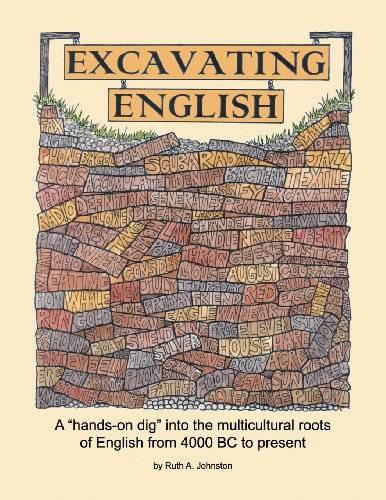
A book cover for Excavating English; Ruth A. Johnston; Children's Books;